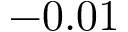
- 0 . 0 1